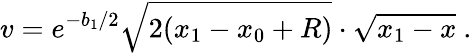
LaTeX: v=e^{-b_{1}/2}\sqrt{2(x_{1}-x_{0}+R)}\cdot\sqrt{x_{1}-x}~.